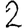
Digit: 2